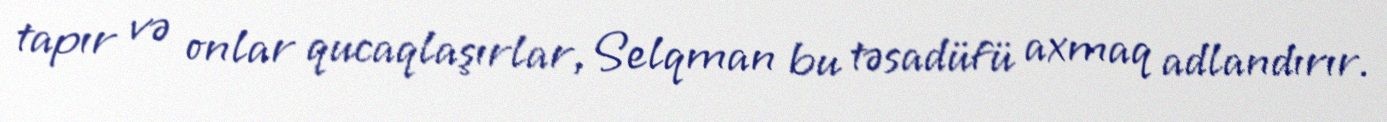
tapır və onlar qucaqlaşırlar, Selqman bu təsadüfü axmaq adlandırır.